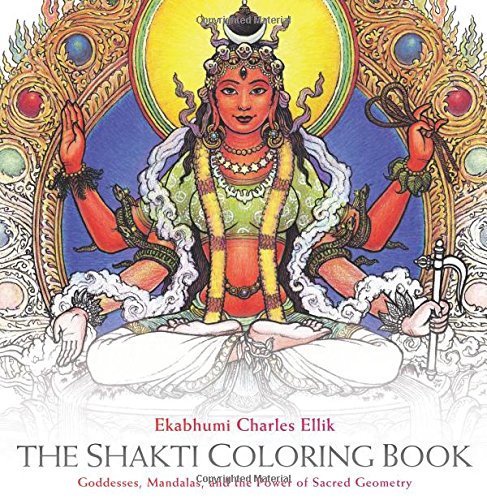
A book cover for The Shakti Coloring Book: Goddesses, Mandalas, and the Power of Sacred Geometry; Ekabhumi Charles Ellik; Arts & Photography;